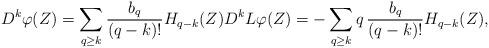
LaTeX: \begin{align*}D^ k\varphi(Z)=\sum_{q\geq k} \frac{b_{q}}{(q-k)!} H_{q-k}(Z) D^ kL\varphi(Z)=-\sum_{q\geq k} q\,\frac{b_{q}}{(q-k)!} H_{q-k}(Z),\end{align*}